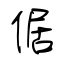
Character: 倨